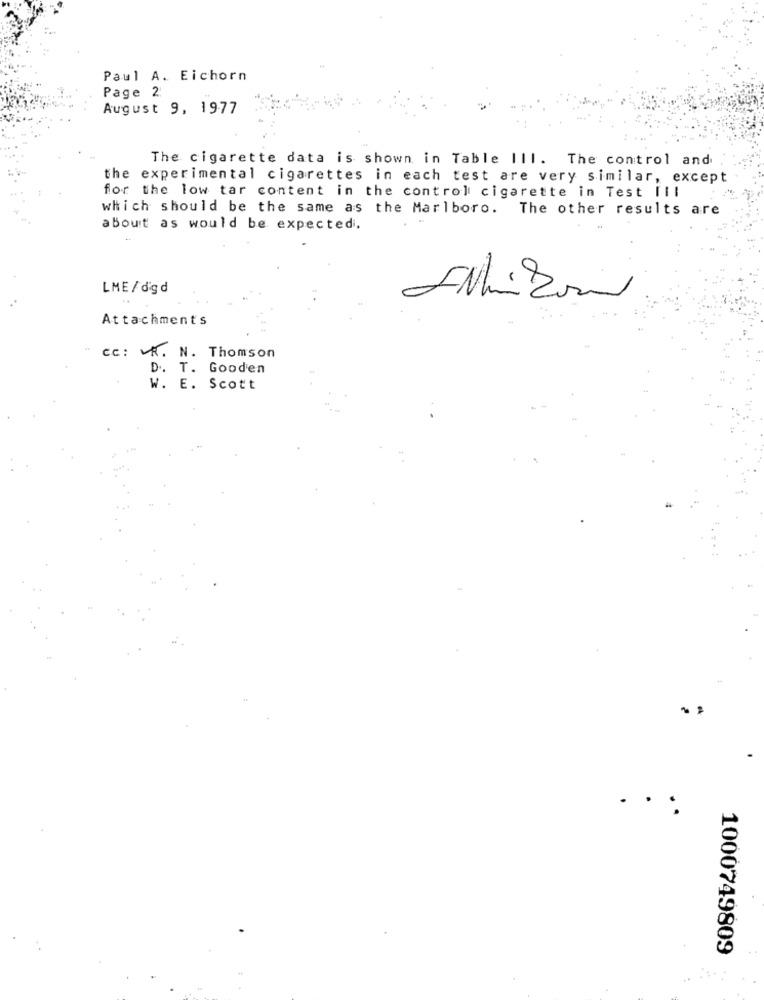
Paul A. Eichorn
Page 2:
August 9, 1977
The cigarette data is shown in Table Ill. The control and
the experimental cigarettes in each test are very similar, except
for the low tar content in the control cigarette in Test Ill
which should be the same as the Marlboro. The other results are
about as would be expected.
LME/ digd
Attachments
cc: R. N. Thomson
D. T. Gooden
W. E. Scott
..
1000749809